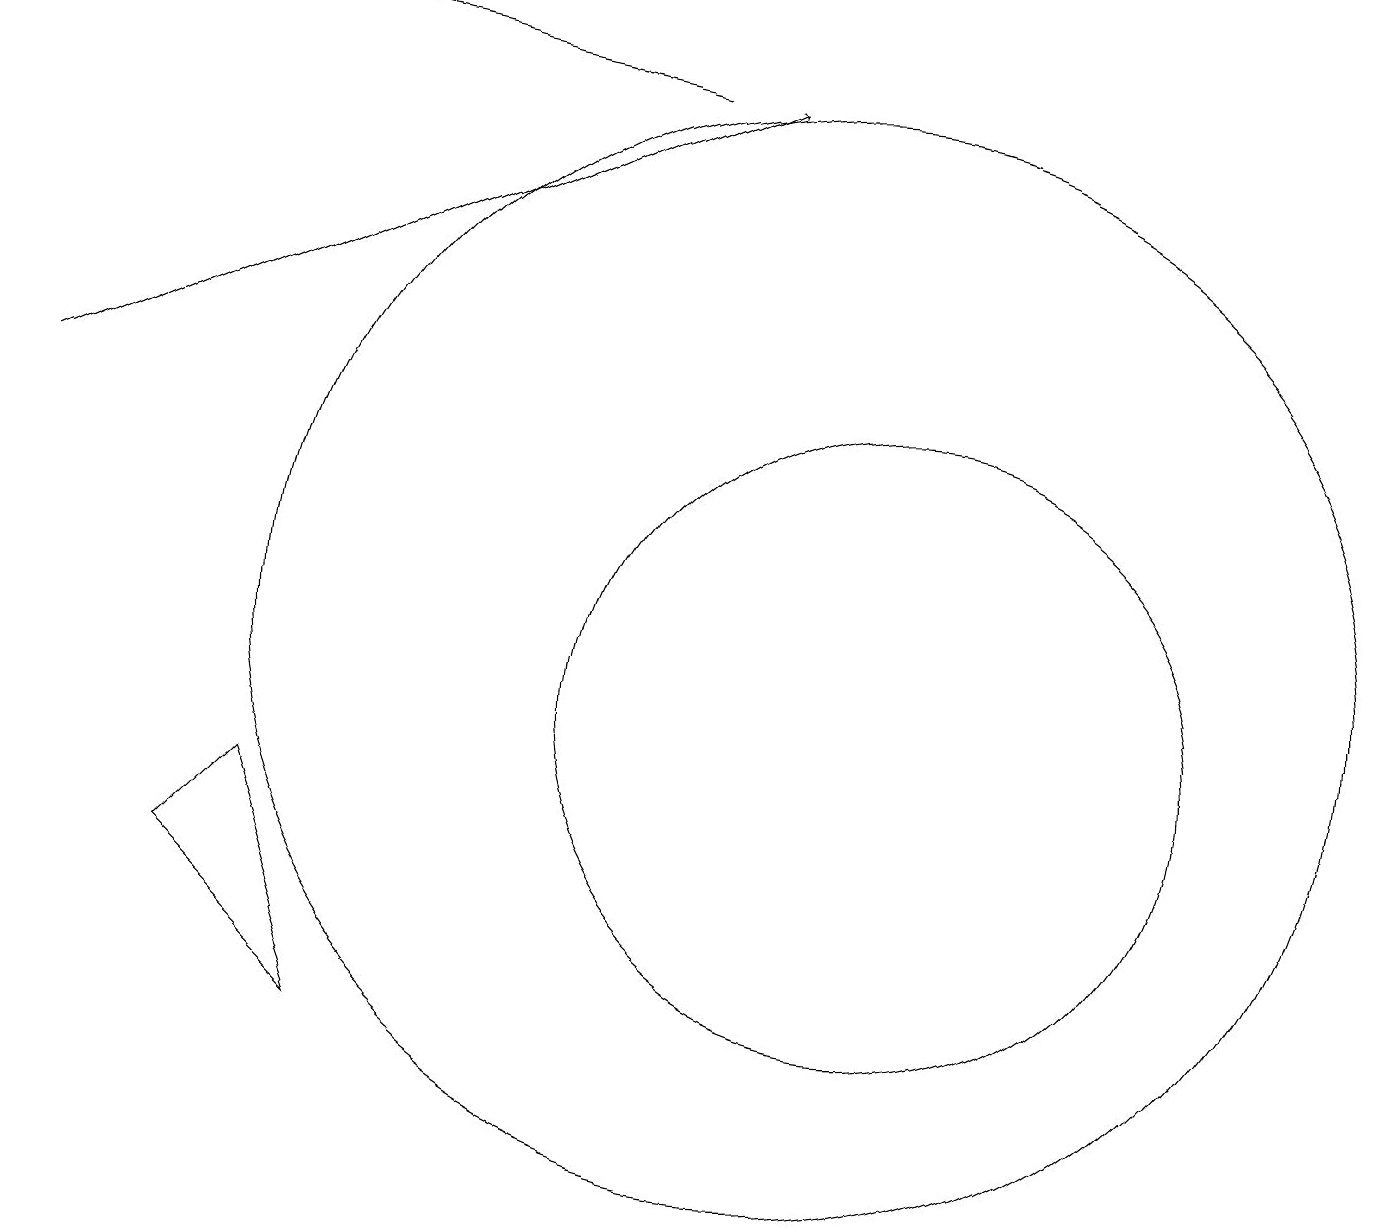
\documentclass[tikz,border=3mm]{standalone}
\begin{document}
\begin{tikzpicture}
\draw[->] (0,14) -- (9,18);
\draw (11,10) circle (4);
\draw[->] (8,18) -- (3,19);
\draw (10,11) circle (7);
\draw (3,9) -- (4,6) -- (2,8) -- cycle;
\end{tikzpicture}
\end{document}